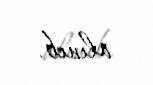
alınıb.